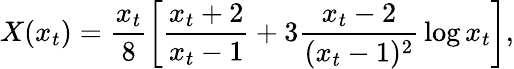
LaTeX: X(x_{t})={\frac{x_{t}}{8}}\biggl[{\frac{x_{t}+2}{x_{t}-1}}+3{\frac{x_{t}-2}{(x_{t}-1)^{2}}}\log x_{t}\biggr],